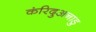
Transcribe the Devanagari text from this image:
कंरिदुअनाडु